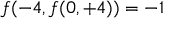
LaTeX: f ( - 4 , f ( 0 , + 4 ) ) = - 1